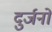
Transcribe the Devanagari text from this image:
दुर्जनो